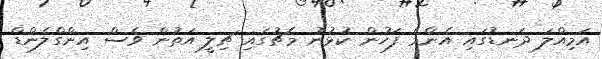
އަމިއްލަ ދަނޑުގައި އެންމެ ފަހުން ކުޅުނު މެޗުގައި ޗިލީ އަތުން ވެސް އިންގްލެންޑް